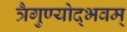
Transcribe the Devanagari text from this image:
त्रैगुण्योद्भवम्